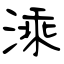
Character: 溗